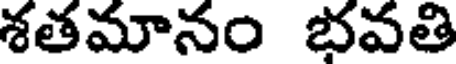
శతమానం భవతి